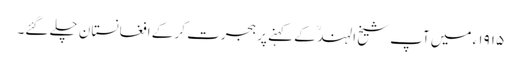
۱۹۱۵ ء میں آپ شیخ الہند ؒ کے کہنے پر ہجرت کر کے افغانستان چلے گئے۔